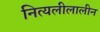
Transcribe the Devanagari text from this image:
नित्यलीलालीन